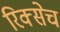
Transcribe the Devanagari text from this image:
रिक्सेच